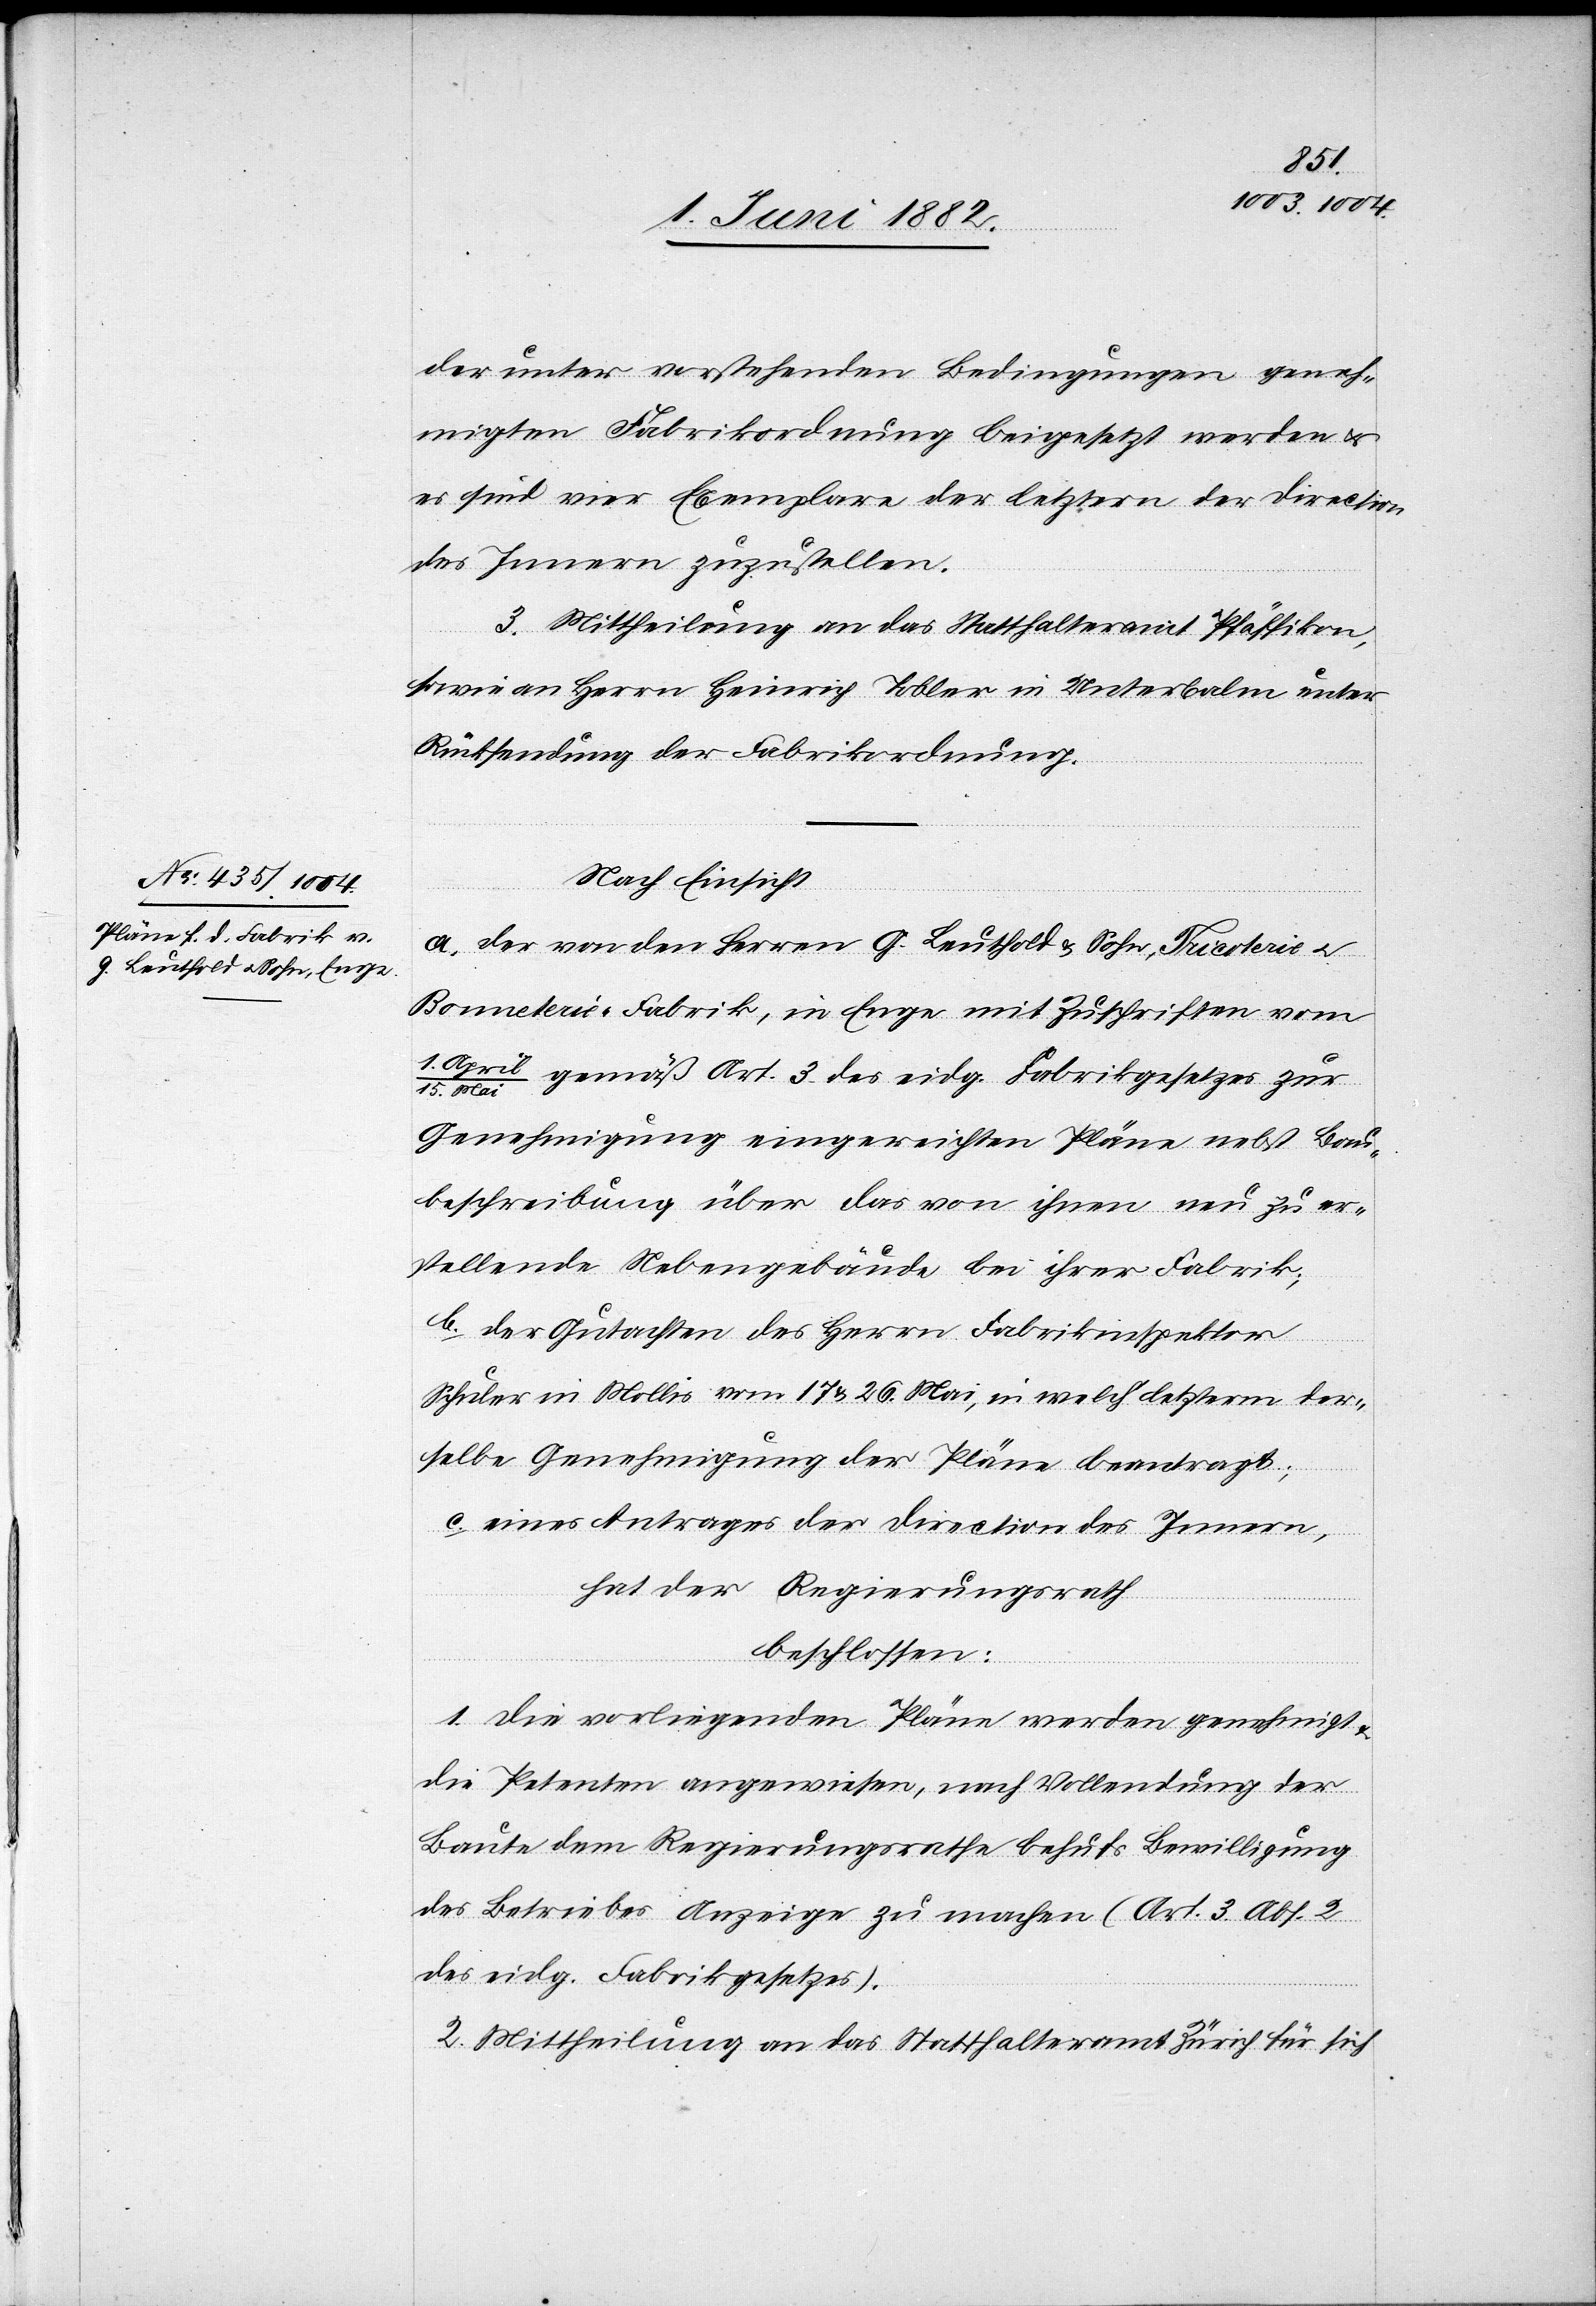
der unter vorstehenden Bedingungen geneh¬
migten Fabrikordnung beigesetzt werden &
es sind vier Exemplare der letztern der Direction
des Innern zuzustellen.
3. Mittheilung an das Statthalteramt Pfäffikon,
sowie an Herrn Heinrich Tobler in Unterbalm unter
Rücksendung der Fabrikordnung.
Nach Einsicht:
a. der von den Herren G. Leuthold & Sohn, Tricoterie- u.
Bonneterie-Fabrik, in Enge mit Zuschriften vom
Mai gemäß Art. 3 des eidg. Fabrikgesetzes zur
Genehmigung eingereichten Pläne nebst Bau¬
beschreibung über das von ihnen neu zu er¬
stellende Fabrikgebäude bei ihrer Fabrik;
b. der Gutachten des Herrn Fabrikinspektor
Schuler in Mollis vom 17. & 26. Mai, in welch’ letztern der¬
selbe Genehmigung der Pläne beantragt;
c. eines Antrages der Direction des Innern,
hat der Regierungsrath
beschlossen:
1. Die vorliegenden Pläne werden genehmigt
die Petenten angewiesen, nach Vollendung der
Baute dem Regierungsrathe behufs Bewilligung
des Betriebes Anzeige zu machen (Art. 3 Abs. 2
des eidg. Fabrikgesetzes).
2. Mittheilung an das Statthalteramt Zürich für sich